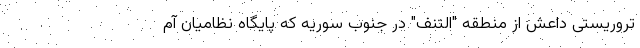
تروریستی داعش از منطقه "التنف" در جنوب سوریه که پایگاه نظامیان آم